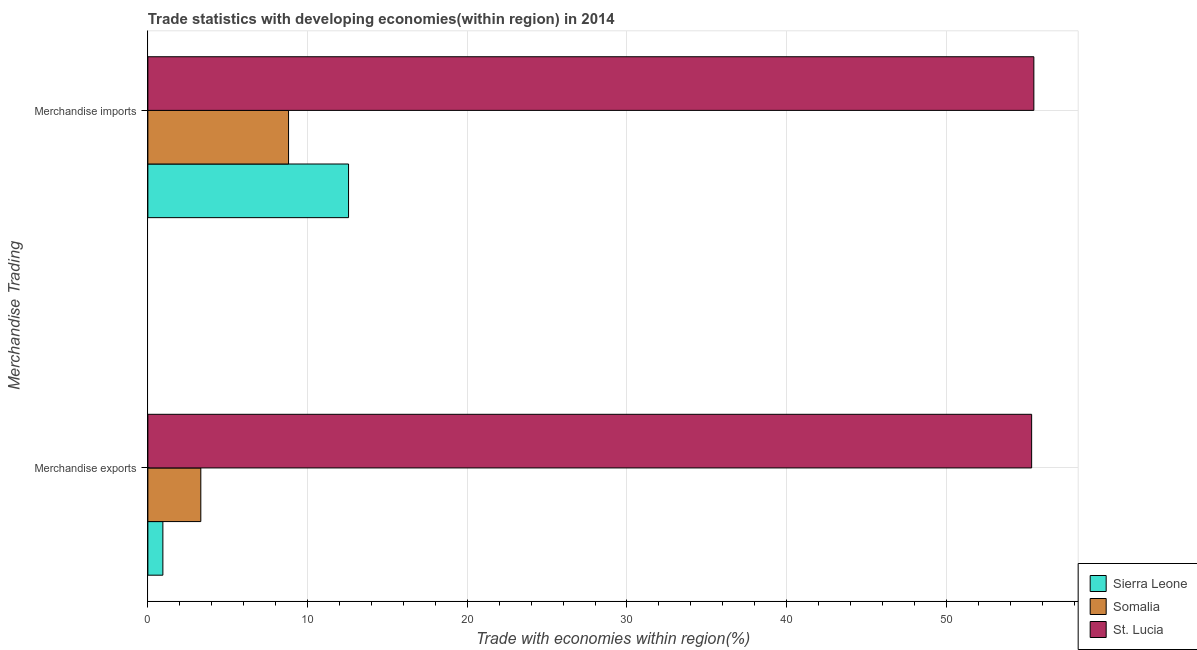
| Merchandise Trading | Sierra Leone | Somalia | St. Lucia |
 | --- | --- | --- | --- |
 | Merchandise exports | 0.94 | 3.32 | 55.3 |
 | Merchandise imports | 12.6 | 8.81 | 55.5 |